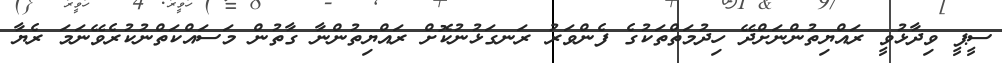
ސީޕީ ވިދާޅުވީ ރައްޔިތުންނަށްދޭ ހިދުމަތްތަކުގެ ފެންވަރު ރަނގަޅުނުކޮށް ރައްޔިތުންނާ ގާތުން މަސައްކަތްނުކުރެވޭނަމަ ރެޔާ